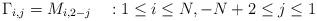
LaTeX: \begin{align*}\Gamma_{i,j} = M_{i,2-j} ~~~ : 1 \le i \le N, -N + 2 \le j \le 1\end{align*}